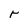
Character: r